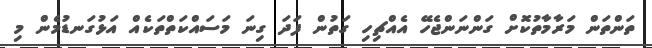
ތަންތަން މަރާމާތުކޮށް ގަންނަންޖެހޭ އެއްޗިހި ގަތުން ފަދަ ގިނަ މަސައްކަތްތަކެއް އަޅުގަނޑުމެން މި